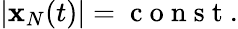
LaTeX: \begin{array}{r}{|{\mathbf x}_{N}(t)|=\mathrm{~c~o~n~s~t~}.}\end{array}